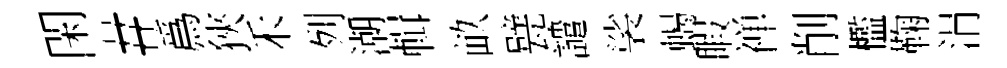
閑#爲狹禾列潮輯畝甓譴裟蝎睱禅削檻鞠涓